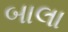
બાલા